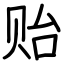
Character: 贻